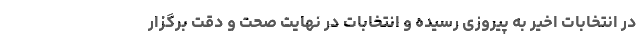
در انتخابات اخیر به پیروزی رسیده و انتخابات در نهایت صحت و دقت برگزار